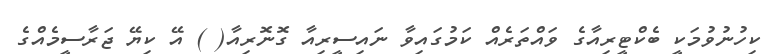
ކިހުނުވުމަކީ ބެކްޓީރިއާގެ ވައްތަރެއް ކަމުގައިވާ ނައިސީރިއާ ގޮނޮރިއާ( ) އޭ ކިޔޭ ޖަރާސީމެއްގެ